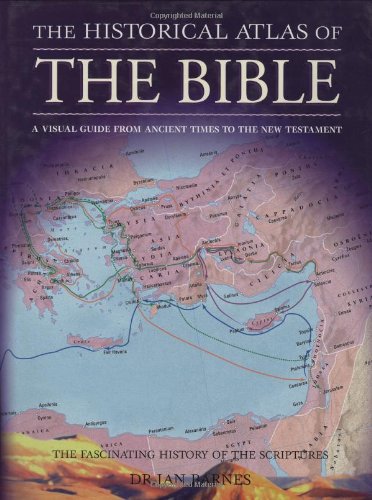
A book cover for Historical Atlas Of The Bible; IAN BARNES; Christian Books & Bibles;